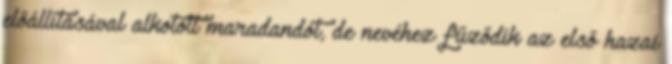
előállításával alkotott maradandót, de nevéhez fűződik az első hazai